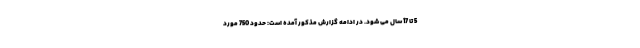
5 تا 17 سال می شود. در ادامه گزارش مذکور آمده است: حدود 750 مورد